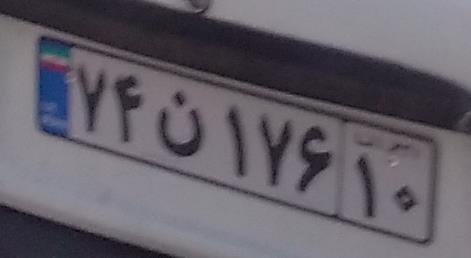
۷۴ن۱۷۶۱۰